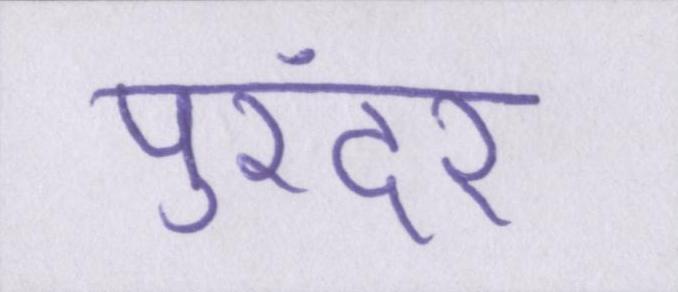
पुरंदर